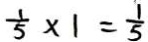
\frac { 1 } { 5 } \times 1 = \frac { 1 } { 5 }